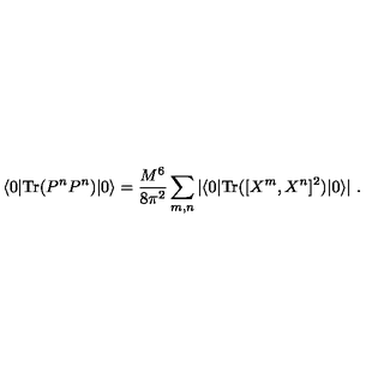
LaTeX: \langle 0 | \mathrm { T r } ( P ^ { n } P ^ { n } ) | 0 \rangle = \frac { M ^ { 6 } } { 8 \pi ^ { 2 } } \sum _ { m , n } | \langle 0 | \mathrm { T r } ( [ X ^ { m } , X ^ { n } ] ^ { 2 } ) | 0 \rangle | \ .